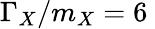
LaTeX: \Gamma_{X}/m_{X}=6\